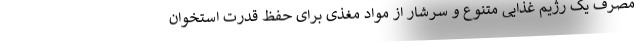
مصرف یک رژیم غذایی متنوع و سرشار از مواد مغذی برای حفظ قدرت استخوان